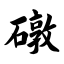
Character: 礅